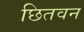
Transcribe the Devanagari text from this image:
छितवन